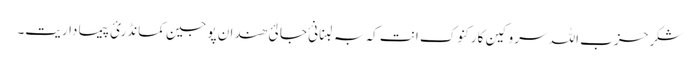
شکر حزب اللہ سروکین کارکنوک انت کہ بہ لبنانئ جالئ ھندان پوجین کمانڈرئ پیما داریت۔